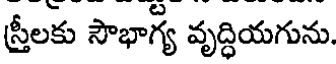
ప్రీలకు సౌభాగ్య వృద్ధియగును.